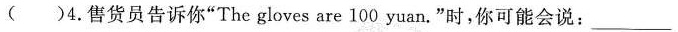
( )4.售货员告诉你"The gloves are 100 yuan."时,你可能会说：___